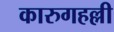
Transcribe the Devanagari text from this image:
कारुगहल्ली